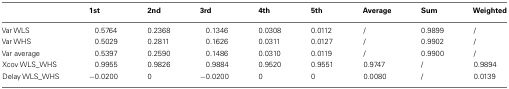
<table><thead><tr><td></td><td><b>1st</b></td><td><b>2nd</b></td><td><b>3rd</b></td><td><b>4th</b></td><td><b>5th</b></td><td><b>Average</b></td><td><b>Sum</b></td><td><b>Weighted</b></td></tr></thead><tbody><tr><td>Var WLS</td><td>0.5764</td><td>0.2368</td><td>0.1346</td><td>0.0308</td><td>0.0112</td><td>/</td><td>0.9899</td><td>/</td></tr><tr><td>Var WHS</td><td>0.5029</td><td>0.2811</td><td>0.1626</td><td>0.0311</td><td>0.0127</td><td>/</td><td>0.9902</td><td>/</td></tr><tr><td>Var average</td><td>0.5397</td><td>0.2590</td><td>0.1486</td><td>0.0310</td><td>0.0119</td><td>/</td><td>0.9900</td><td>/</td></tr><tr><td>Xcov WLS_WHS</td><td>0.9955</td><td>0.9826</td><td>0.9884</td><td>0.9520</td><td>0.9551</td><td>0.9747</td><td>/</td><td>0.9894</td></tr><tr><td>Delay WLS_WHS</td><td>−0.0200</td><td>0</td><td>−0.0200</td><td>0</td><td>0</td><td>0.0080</td><td>/</td><td>0.0139</td></tr></tbody></table>